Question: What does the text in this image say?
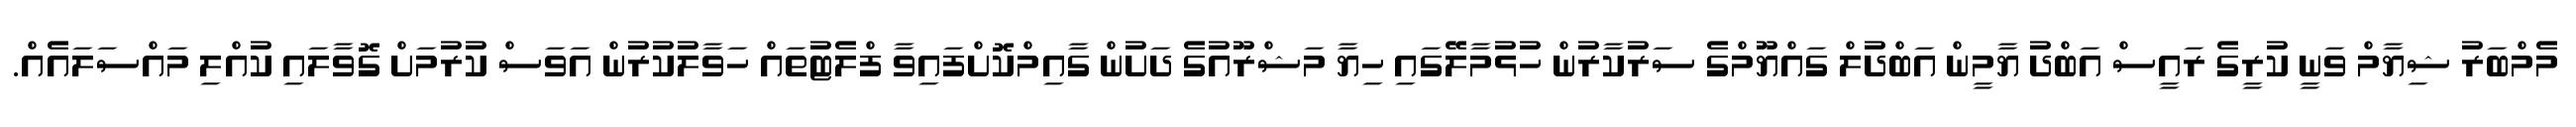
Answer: މެމްބަރު ޝިޔާމް ވަނީ ކުރީގެ ރައީސް އަބްދު ޔާމީން އަބްދުލް ގައްޔޫމްގެ ސަރުކާރުން ހުޅުމާލޭގައި ހިޔާ މަޝްރޫއުގެ ދަށުން ގާއިމްކޮށްފައިވާ ފްލެޓުތައް ހަވާލުކުރުން އަވަސް ކުރުމަށް ގޮވާލައި ކުއްލި މައްސަލައެއް.